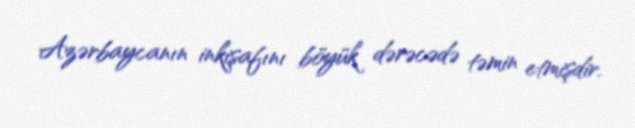
Azərbaycanın inkişafını böyük dərəcədə təmin etmişdir.